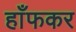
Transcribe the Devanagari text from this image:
हाँफकर